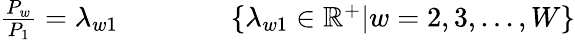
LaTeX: \begin{array}{r}{\frac{P_{w}}{P_{1}}=\lambda_{w1}\qquad\qquad\{ \lambda_{w1}\in\mathbb{R}^{+}|w=2,3,...,W\} }\end{array}